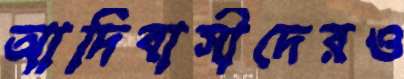
আদিবাসীদেরও